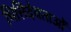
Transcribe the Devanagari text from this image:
भित्तिदेवताओं